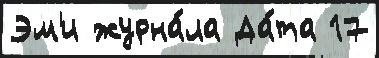
Эм'и журна́ла Да́та 17